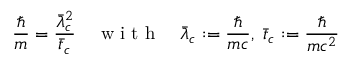
\frac { \hbar } { m } = \frac { \bar { \lambda } _ { c } ^ { 2 } } { \bar { t } _ { c } } \quad \textrm { w i t h } \quad \bar { \lambda } _ { c } : = \frac { \hbar } { m c } , \; \bar { t } _ { c } : = \frac { \hbar } { m c ^ { 2 } }